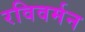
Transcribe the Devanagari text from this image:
रविवर्मन